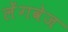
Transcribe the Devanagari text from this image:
लेंगवेज